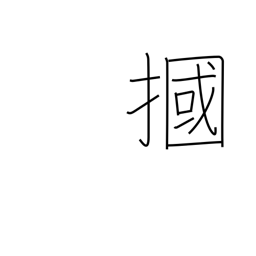
Meaning: box one's ears